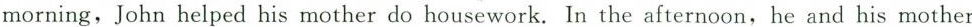
morning,John helped his mother do housework. In the afternoon, he and his mother